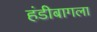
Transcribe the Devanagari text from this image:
हंडीबागला